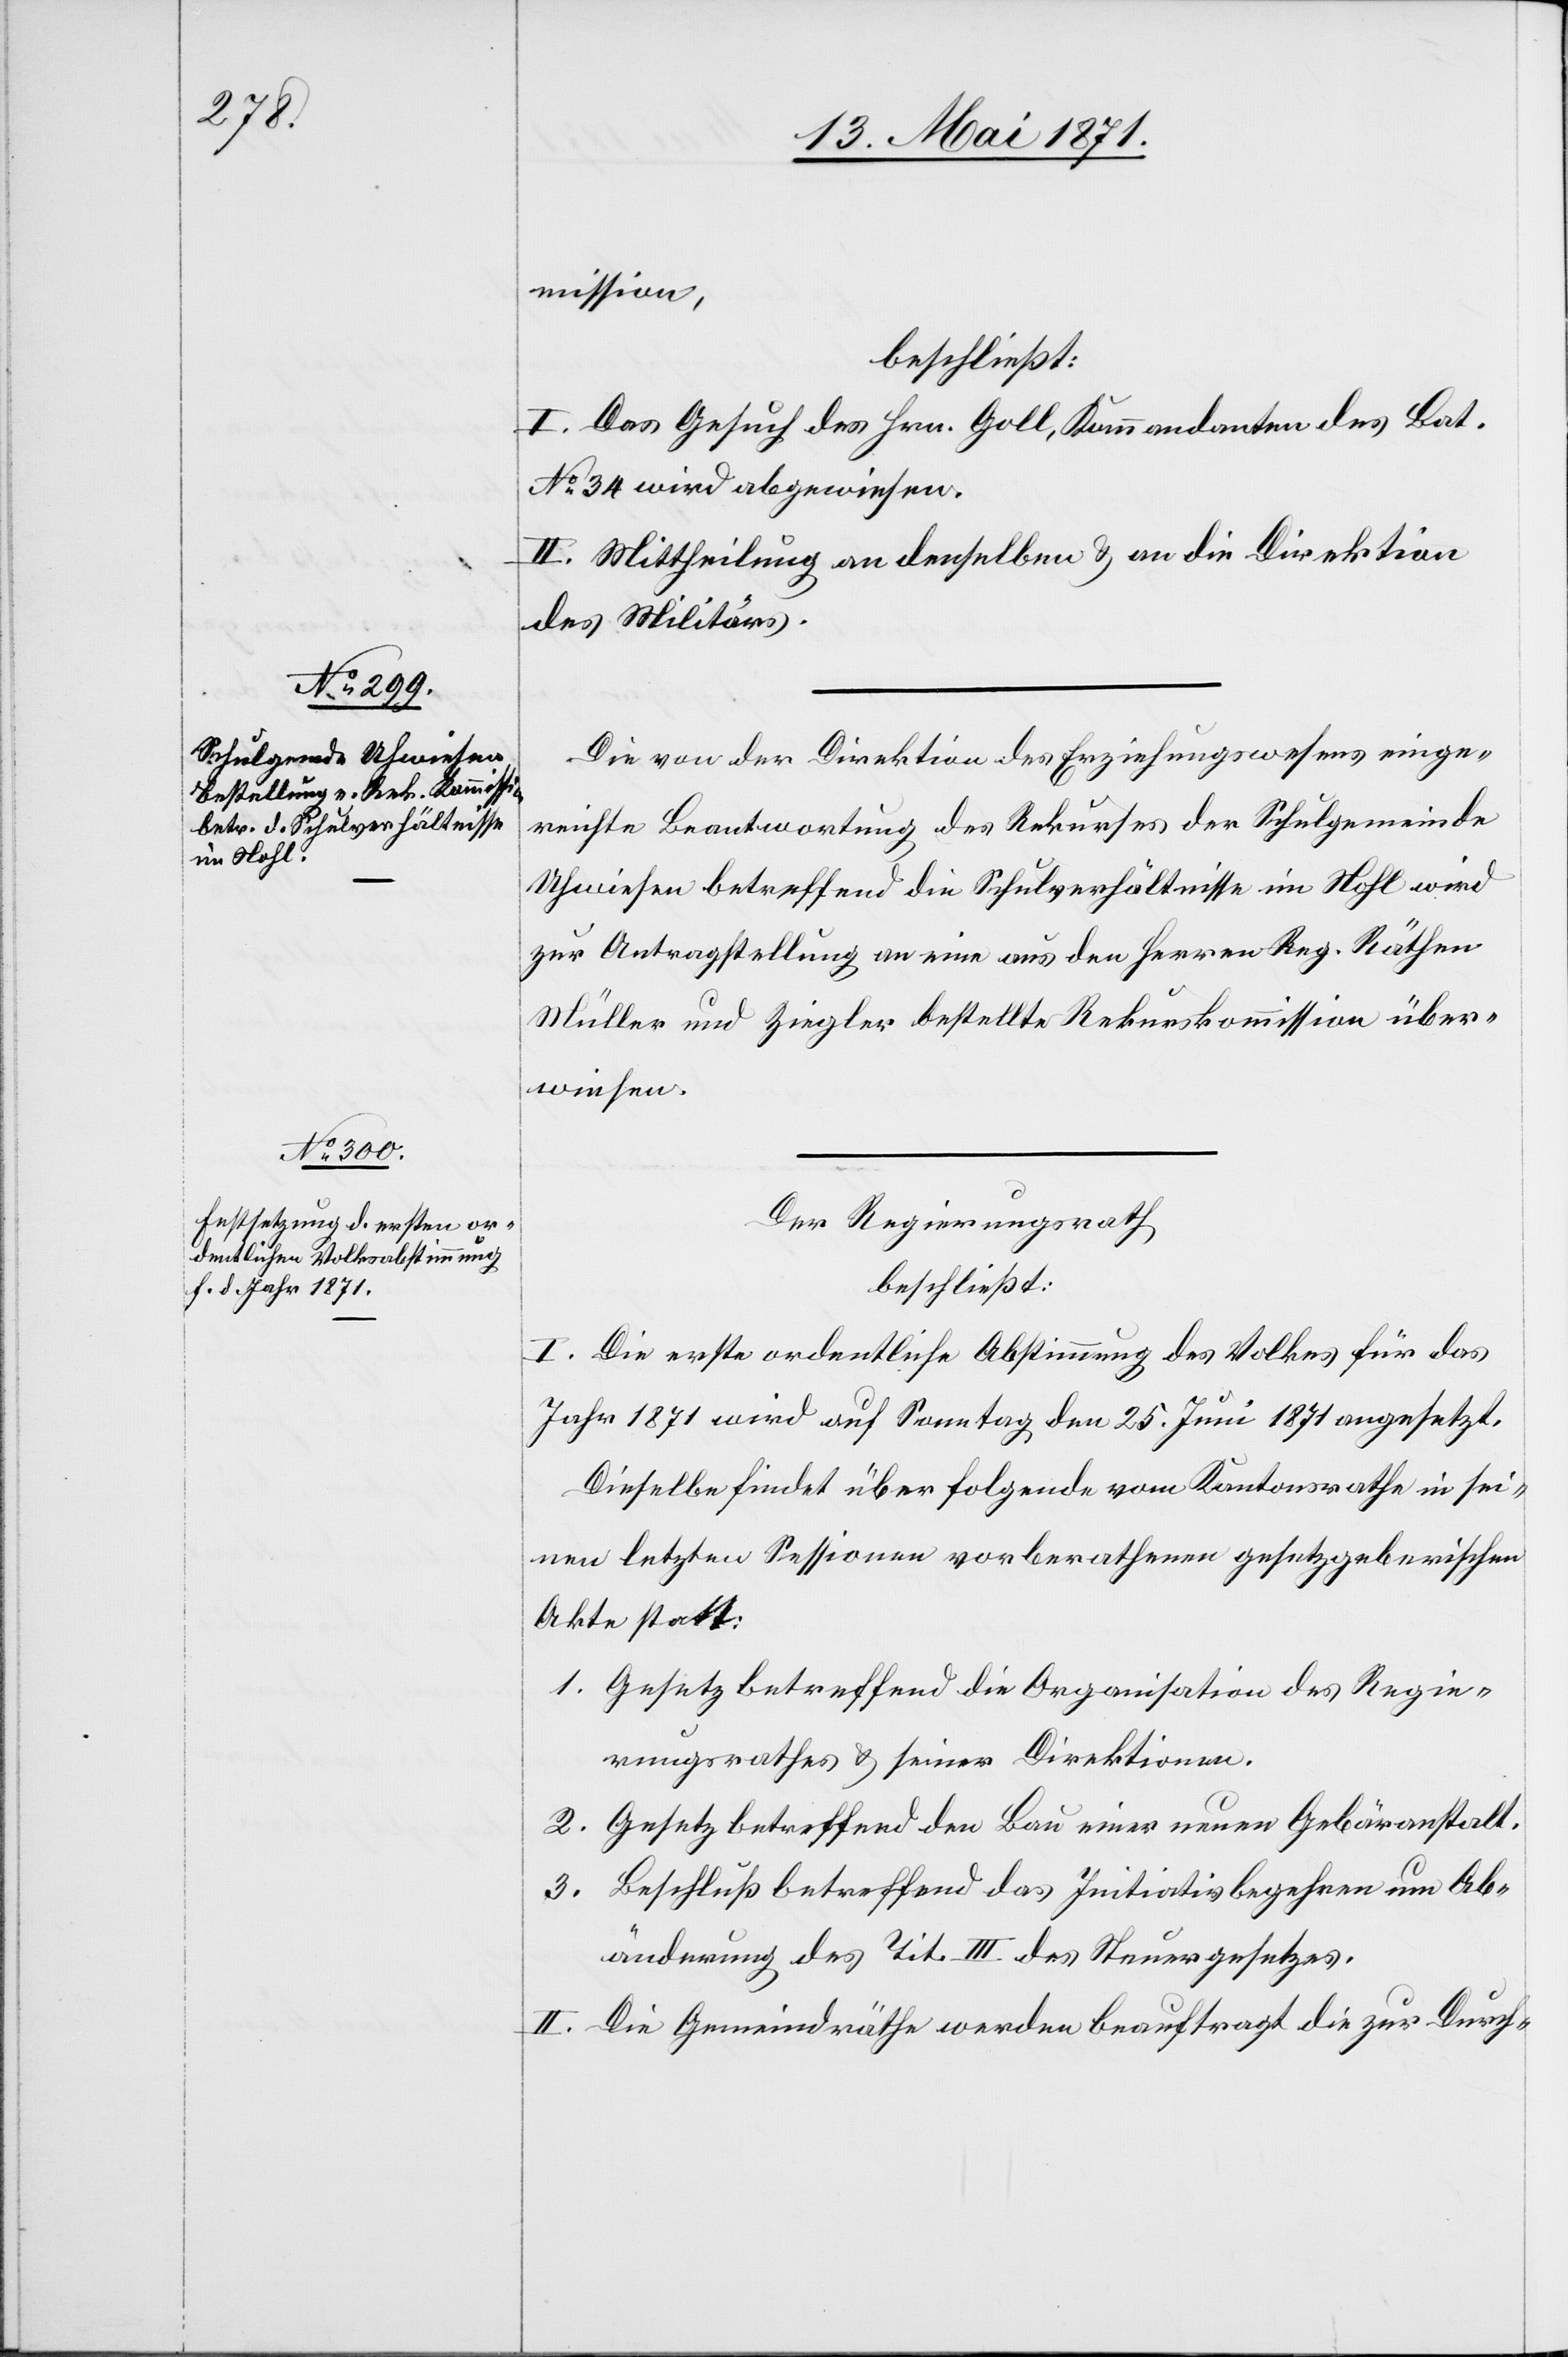
mission,
beschließt:
I. Das Gesuch des Hrn. Goll, Kommandanten des Bat.
No. 34 wird abgewiesen.
II. Mittheilung an denselben u. an die Direktion
des Militärs.
Die von der Direktion des Erziehungswesens einge¬
reichte Beantwortung des Rekurses der Schulgemeinde
Uhwiesen betreffend die Schulverhältnisse im Nohl wird
zur Antragstellung an eine aus den Herren Reg. Räthen
Müller und Ziegler bestellten Rekurskommission über¬
wiesen.
Der Regierungsrath
beschließt:
I. Die erste ordentliche Abstimmung des Volkes für das
Jahr 1871 wird auf Sonntag den 25. Juni 1871 angesetzt.
Dieselbe findet über folgende vom Kantonsrathe in sei¬
nen letzten Sessionen vorberathenen gesetzgeberischen
Akte statt:
1. Gesetz betreffend die Organisation des Regie¬
rungsrathes u. seiner Direktionen.
2. Gesetz betreffend den Bau einer neuen Gebäranstalt.
3. Beschluß betreffend das Initiativbegehren um Ab¬
änderung des Tit. III des Steuergesetzes.
II. Die Gemeindräthe werden beauftrage die zur Durch-